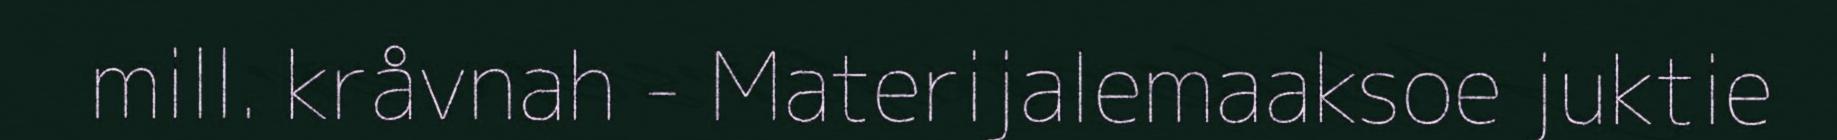
mill. kråvnah - Materijalemaaksoe juktie